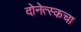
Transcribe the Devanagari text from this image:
दोनेत्स्कचा